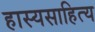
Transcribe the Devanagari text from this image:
हास्यसाहित्य